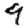
Digit: 9